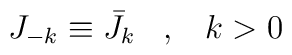
J_{-k} \equiv \bar J_{k} \;\;\;, \;\;\; k>0